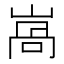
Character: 𡺩